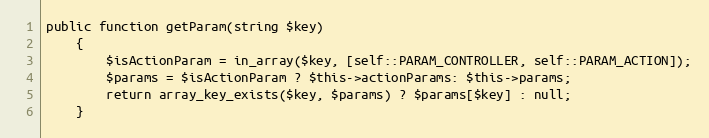
Language: PHP
public function getParam(string $key)
    {
        $isActionParam = in_array($key, [self::PARAM_CONTROLLER, self::PARAM_ACTION]);
        $params = $isActionParam ? $this->actionParams: $this->params;
        return array_key_exists($key, $params) ? $params[$key] : null;
    }